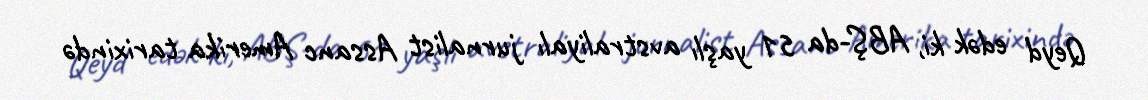
Qeyd edək ki, ABŞ-da 51 yaşlı avstraliyalı jurnalist Assanc Amerika tarixində